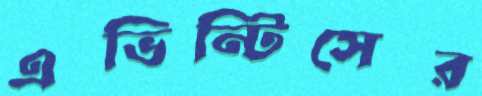
এভিন্টিসের